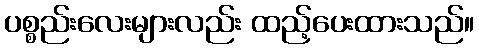
ပစ္စည်းလေးများလည်း ထည့်ပေးထားသည်။